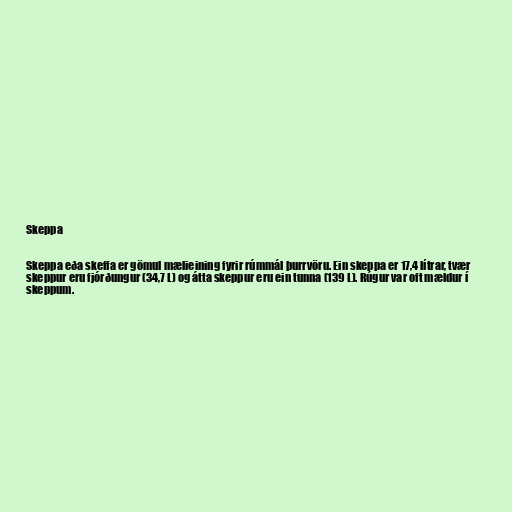
Skeppa

Skeppa eða skeffa er gömul mælieining fyrir rúmmál þurrvöru. Ein skeppa er 17,4 lítrar, tvær
skeppur eru fjórðungur (34,7 L) og átta skeppur eru ein tunna (139 L). Rúgur var oft mældur í
skeppum.